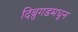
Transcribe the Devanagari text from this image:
दिब्रुगडमधून